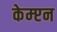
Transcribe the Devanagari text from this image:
केम्प्टन